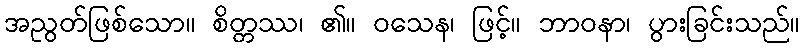
အညွတ်ဖြစ်သော။ စိတ္တဿ၊ ၏။ ဝသေန၊ ဖြင့်။ ဘာဝနာ၊ ပွားခြင်းသည်။